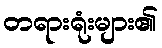
တရားရုံးများ၏